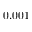
0 . 0 0 1